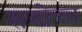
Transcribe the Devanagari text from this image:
सवोच्च